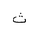
Letter: _tha